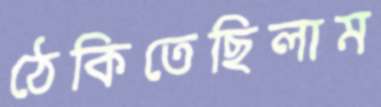
ঠেকিতেছিলাম